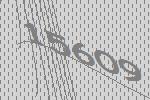
15609